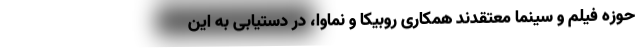
حوزه فیلم و سینما معتقدند همکاری روبیکا و نماوا، در دستیابی به این